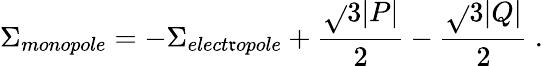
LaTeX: \Sigma_{monopole}=-\Sigma_{elect\mathfrak{r}opole}+{\frac{{\sqrt{}{3}|P|}}{{2}}}-{\frac{{\sqrt{}{3}|Q|}}{{2}}}\ .